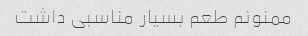
ممنونم طعم بسیار مناسبی داشت